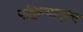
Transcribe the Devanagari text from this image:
पहिल्यादांच